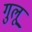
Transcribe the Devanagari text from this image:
गुलू